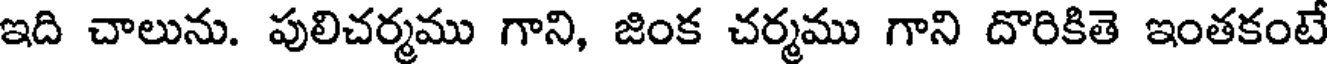
ఇది చాలును. పులిచర్మము గాని, జింక చర్మము గాని దొరికితె ఇంతకంటే